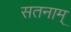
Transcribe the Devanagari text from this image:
सतनाम्